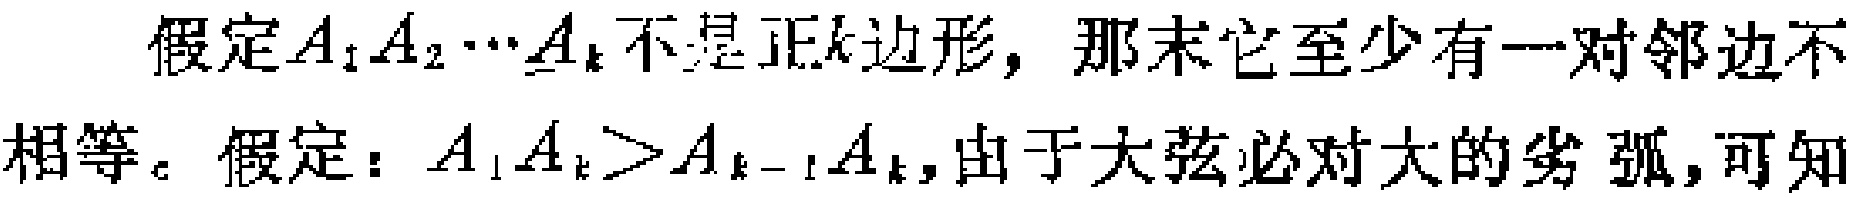
假定\(A_{1}A_{2}\cdots A_{k}\)不是正\(k\)边形，那末它至少有一对邻边不相等。假定：\(A_{1}A_{k}>A_{k - 1}A_{k}\)，由于大弦必对大的劣弧，可知